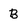
Character: B